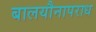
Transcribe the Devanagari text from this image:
बालयौनापराध